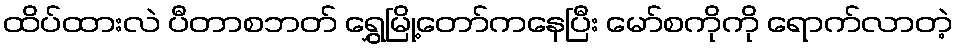
ထိပ်ထားလဲ ပီတာစဘတ် ရွှေမြို့တော်ကနေပြီး မော်စကိုကို ရောက်လာတဲ့